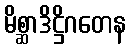
မိစ္ဆာဒိဋ္ဌိဂတေန